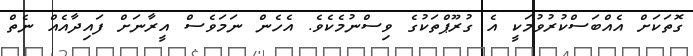
ގޮތަކަށް އެއްބަސްކުރުވުމަކީ އެ ގުރޫޕްތަކުގެ ވިސްނުމެކެވެ. އެހެން ނަމަވެސް އީރާނަށް ފައިދާއެއް ނެތް